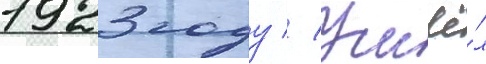
1923 году // Ушё́л